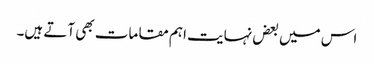
اس میں بعض نہایت اہم مقامات بھی آتے ہیں۔